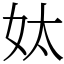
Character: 𡛕